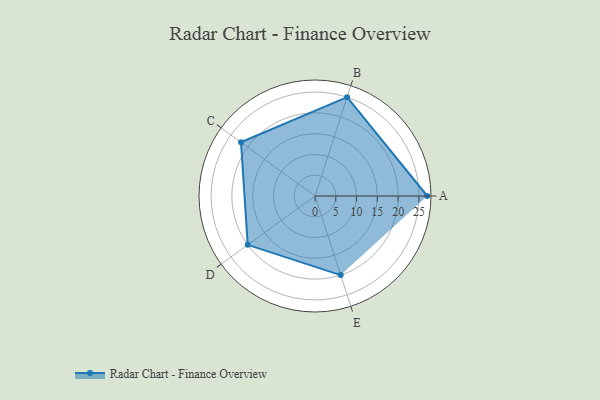
{"axis": {"x": "Skill", "y": "Score"}, "legend": ["Profile"], "data": [{"x": "A", "y": 27.0, "type": "Profile"}, {"x": "B", "y": 25.0, "type": "Profile"}, {"x": "C", "y": 22.0, "type": "Profile"}, {"x": "D", "y": 20.0, "type": "Profile"}, {"x": "E", "y": 20, "type": "Profile"}]}